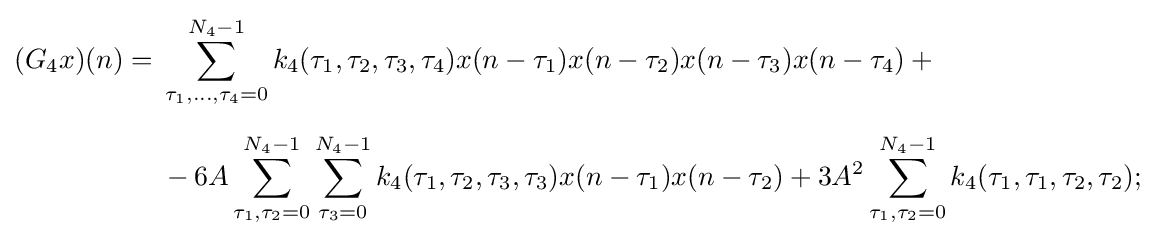
{\begin{aligned}(G_{4}x)(n)={}&\sum _{\tau _{1},\ldots ,\tau _{4}=0}^{N_{4}-1}k_{4}(\tau _{1},\tau _{2},\tau _{3},\tau _{4})x(n-\tau _{1})x(n-\tau _{2})x(n-\tau _{3})x(n-\tau _{4})+{}\\[6pt]&{}-6A\sum _{\tau _{1},\tau _{2}=0}^{N_{4}-1}\sum _{\tau _{3}=0}^{N_{4}-1}k_{4}(\tau _{1},\tau _{2},\tau _{3},\tau _{3})x(n-\tau _{1})x(n-\tau _{2})+3A^{2}\sum _{\tau _{1},\tau _{2}=0}^{N_{4}-1}k_{4}(\tau _{1},\tau _{1},\tau _{2},\tau _{2});\end{aligned}}